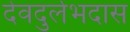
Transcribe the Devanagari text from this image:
देवदुर्लभदास